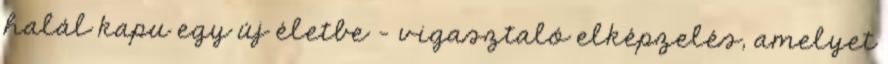
halál kapu egy új életbe – vigasztaló elképzelés, amelyet